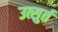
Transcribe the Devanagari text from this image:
उत्सुर्त